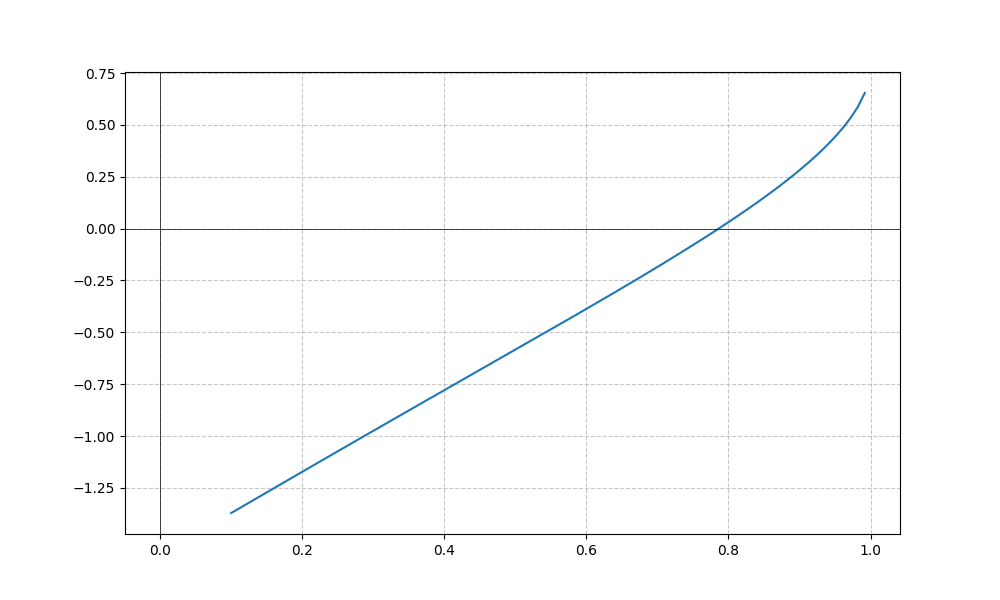
LaTeX formula: - \operatorname{acot}{\left(x \right)} + \operatorname{asin}{\left(x \right)}